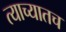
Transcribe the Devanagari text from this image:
त्याच्यातच